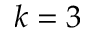
k = 3